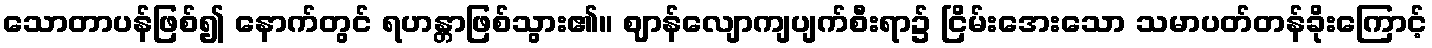
သောတာပန်ဖြစ်၍ နောက်တွင် ရဟန္တာဖြစ်သွား၏။ ဈာန်လျောကျပျက်စီးရာ၌ ငြိမ်းအေးသော သမာပတ်တန်ခိုးကြောင့်